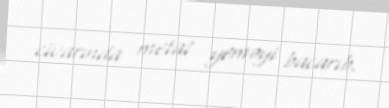
civarında metal yeməyi bacarıb.